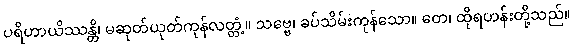
ပရိဟာယိဿန္တိ၊ မဆုတ်ယုတ်ကုန်လတ္တံ့။ သဗ္ဗေ၊ ခပ်သိမ်းကုန်သော။ တေ၊ ထိုရဟန်းတို့သည်။